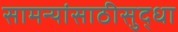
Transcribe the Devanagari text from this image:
सामन्यांसाठीसुद्धा